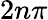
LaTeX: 2n\pi